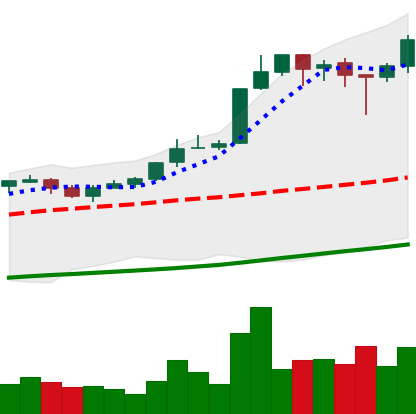
Ticker: BTC-USD
Chart end date: 2017-10-20
Forward return: -4.336%
Label: down_3_5